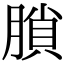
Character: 䐝